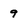
Character: 9